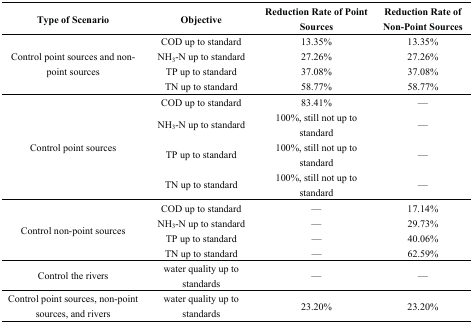
<table><thead><tr><td><b>Type of Scenario</b></td><td><b>Objective</b></td><td><b>Reduction Rate of Point Sources</b></td><td><b>Reduction Rate of Non-Point Sources</b></td></tr></thead><tbody><tr><td rowspan="4">Control point sources and non-point sources</td><td>COD up to standard</td><td>13.35%</td><td>13.35%</td></tr><tr><td>NH<sub>3</sub>-N up to standard</td><td>27.26%</td><td>27.26%</td></tr><tr><td>TP up to standard</td><td>37.08%</td><td>37.08%</td></tr><tr><td>TN up to standard</td><td>58.77%</td><td>58.77%</td></tr><tr><td rowspan="4">Control point sources</td><td>COD up to standard</td><td>83.41%</td><td>—</td></tr><tr><td>NH<sub>3</sub>-N up to standard</td><td>100%, still not up to standard</td><td>—</td></tr><tr><td>TP up to standard</td><td>100%, still not up to standard</td><td>—</td></tr><tr><td>TN up to standard</td><td>100%, still not up to standard</td><td>—</td></tr><tr><td rowspan="4">Control non-point sources</td><td>COD up to standard</td><td>—</td><td>17.14%</td></tr><tr><td>NH<sub>3</sub>-N up to standard</td><td>—</td><td>29.73%</td></tr><tr><td>TP up to standard</td><td>—</td><td>40.06%</td></tr><tr><td>TN up to standard</td><td>—</td><td>62.59%</td></tr><tr><td>Control the rivers</td><td>water quality up to standards</td><td>—</td><td>—</td></tr><tr><td>Control point sources, non-point sources, and rivers</td><td>water quality up to standards</td><td>23.20%</td><td>23.20%</td></tr></tbody></table>